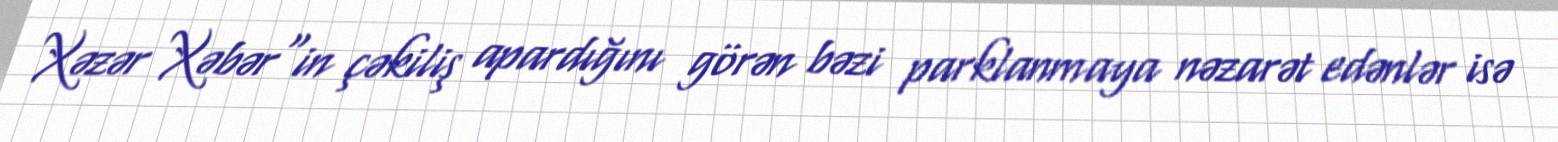
Xəzər Xəbər"in çəkiliş apardığını görən bəzi parklanmaya nəzarət edənlər isə